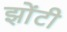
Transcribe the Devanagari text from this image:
झोंटी